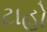
ટાહો